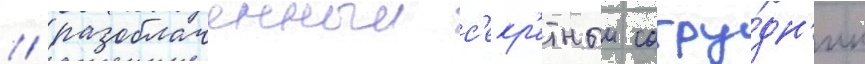
/ разоблаченныи с'екр'етныи сотру́дн'ик